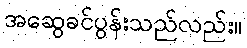
အဆွေခင်ပွန်းသည်လည်း။